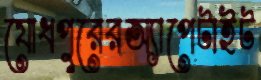
যোধপুরেরঅ্যাপেটাইট